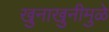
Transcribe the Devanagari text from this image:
खुनाखुनीमुळे